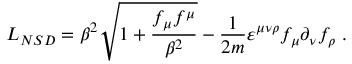
{ \cal L } _ { N S D } = \beta ^ { 2 } { \sqrt { 1 + \frac { f _ { \mu } f ^ { \mu } } { \beta ^ { 2 } } } } - \frac 1 { 2 m } \varepsilon ^ { \mu \nu \rho } f _ { \mu } \partial _ { \nu } f _ { \rho } \; .